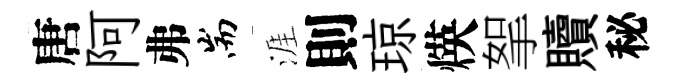
唐阿弗耑涯則琼煐挐贖秘